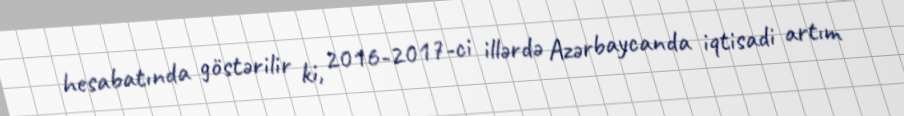
hesabatında göstərilir ki, 2016-2017-ci illərdə Azərbaycanda iqtisadi artım